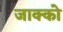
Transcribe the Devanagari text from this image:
जाक्को